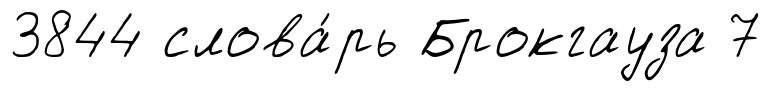
3844 слова́рь Брокгауза 7